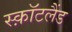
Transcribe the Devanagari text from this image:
स्क़ॉटलैंड